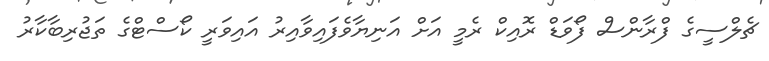
ޗެލްސީގެ ފްރާންސް ފޯވަޑް ރޮއިކް ރެމީ އަށް އަނިޔާވެފައިވާއިރު އައިވަރީ ކޯސްޓްގެ ތަޖުރިބާކާރު